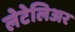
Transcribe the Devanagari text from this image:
लेटेलिअर